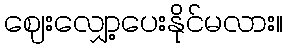
ဈေးလျှော့ပေးနိုင်မလား။